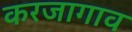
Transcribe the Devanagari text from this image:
करजागाव